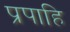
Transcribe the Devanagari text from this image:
प्रपाहि